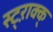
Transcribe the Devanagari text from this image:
स्ट्ऱाक्क्